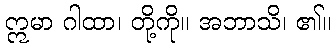
ဣမာ ဂါထာ၊ တို့ကို။ အဘာသိ၊ ၏။